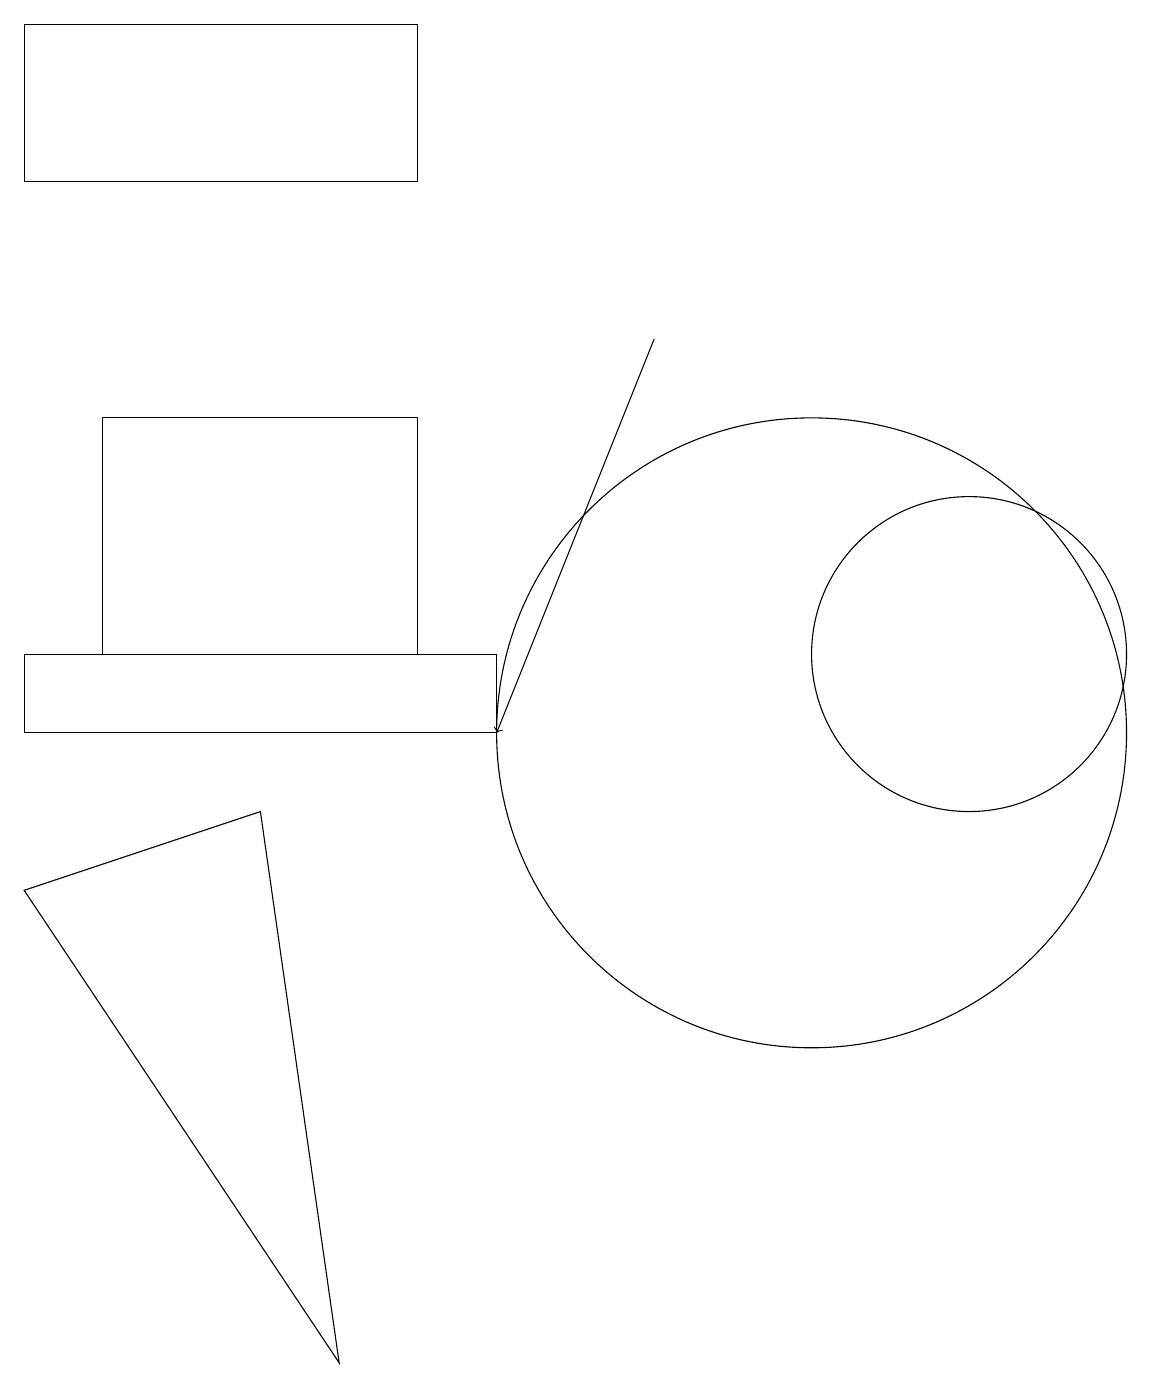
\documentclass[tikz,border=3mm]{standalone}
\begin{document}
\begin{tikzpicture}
\draw[->] (8,15) -- (6,10);
\draw (1,14) rectangle (5,11);
\draw (5,19) rectangle (0,17);
\draw (4,2) -- (0,8) -- (3,9) -- cycle;
\draw (10,10) circle (4);
\draw (12,11) circle (2);
\draw (0,10) rectangle (6,11);
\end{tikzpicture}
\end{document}